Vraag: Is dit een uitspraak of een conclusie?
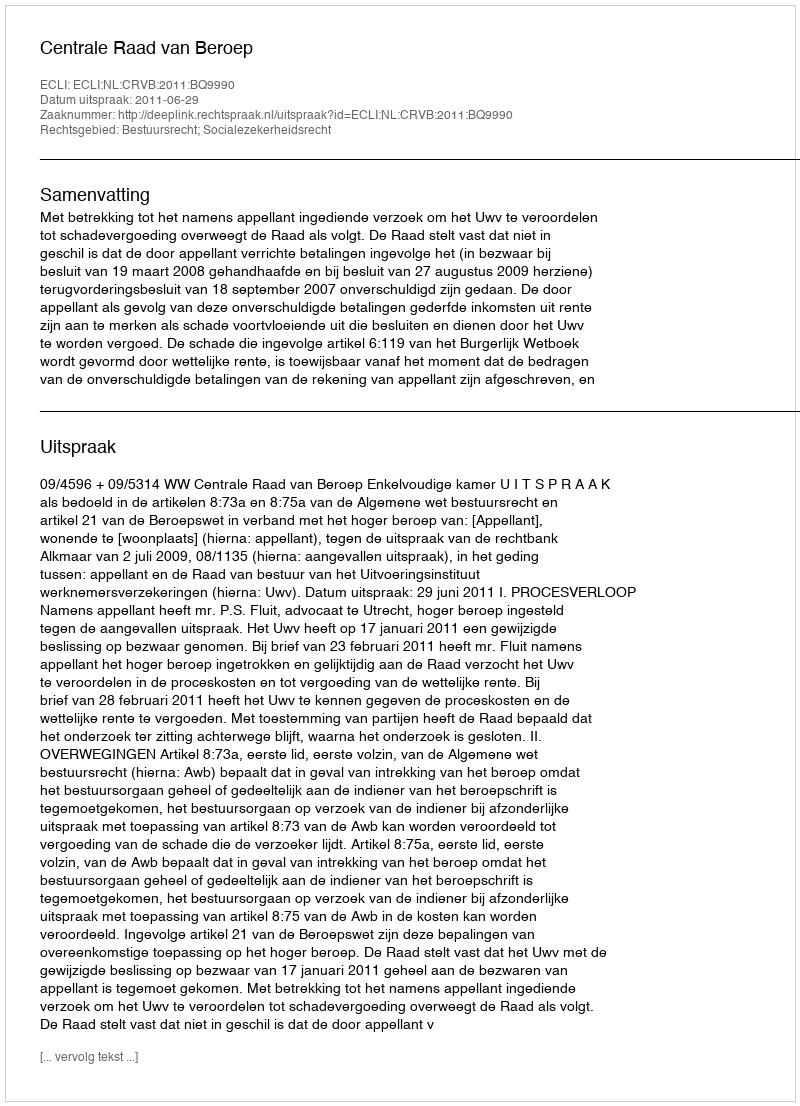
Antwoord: Uitspraak